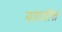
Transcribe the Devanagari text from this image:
यादवीस